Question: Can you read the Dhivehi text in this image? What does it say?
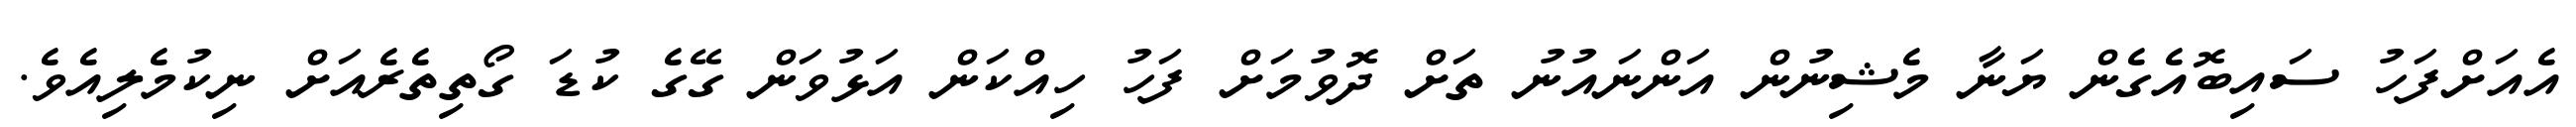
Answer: އެއަށްފަހު ސައިބޮއެގެން ޔަނާ މެޝިނުން އަންނައުނު ތަށް ދޮވުމަށް ފަހު ހިއްކަން އަޅުވަން ގޭގެ ކުޑަ ގޯތިތެރެއަށް ނިކުމެލިއެވެ.